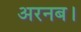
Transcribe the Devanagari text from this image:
अरनब।